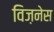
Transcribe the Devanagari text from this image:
विज़नेस